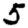
Digit: 5